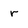
Character: r